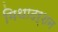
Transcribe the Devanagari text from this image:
मिथादर्शन